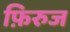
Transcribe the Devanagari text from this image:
फ़िरुज